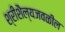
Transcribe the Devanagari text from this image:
श्रीशैल्यजवळील